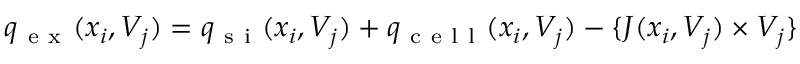
q _ { \mathrm { ~ e ~ x ~ } } ( x _ { i } , V _ { j } ) = q _ { \mathrm { ~ s ~ i ~ } } ( x _ { i } , V _ { j } ) + q _ { \mathrm { ~ c ~ e ~ l ~ l ~ } } ( x _ { i } , V _ { j } ) - \{ J ( x _ { i } , V _ { j } ) \times V _ { j } \}